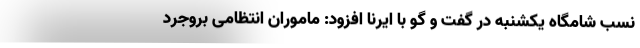
نسب شامگاه یکشنبه در گفت و گو با ایرنا افزود: ماموران انتظامی بروجرد